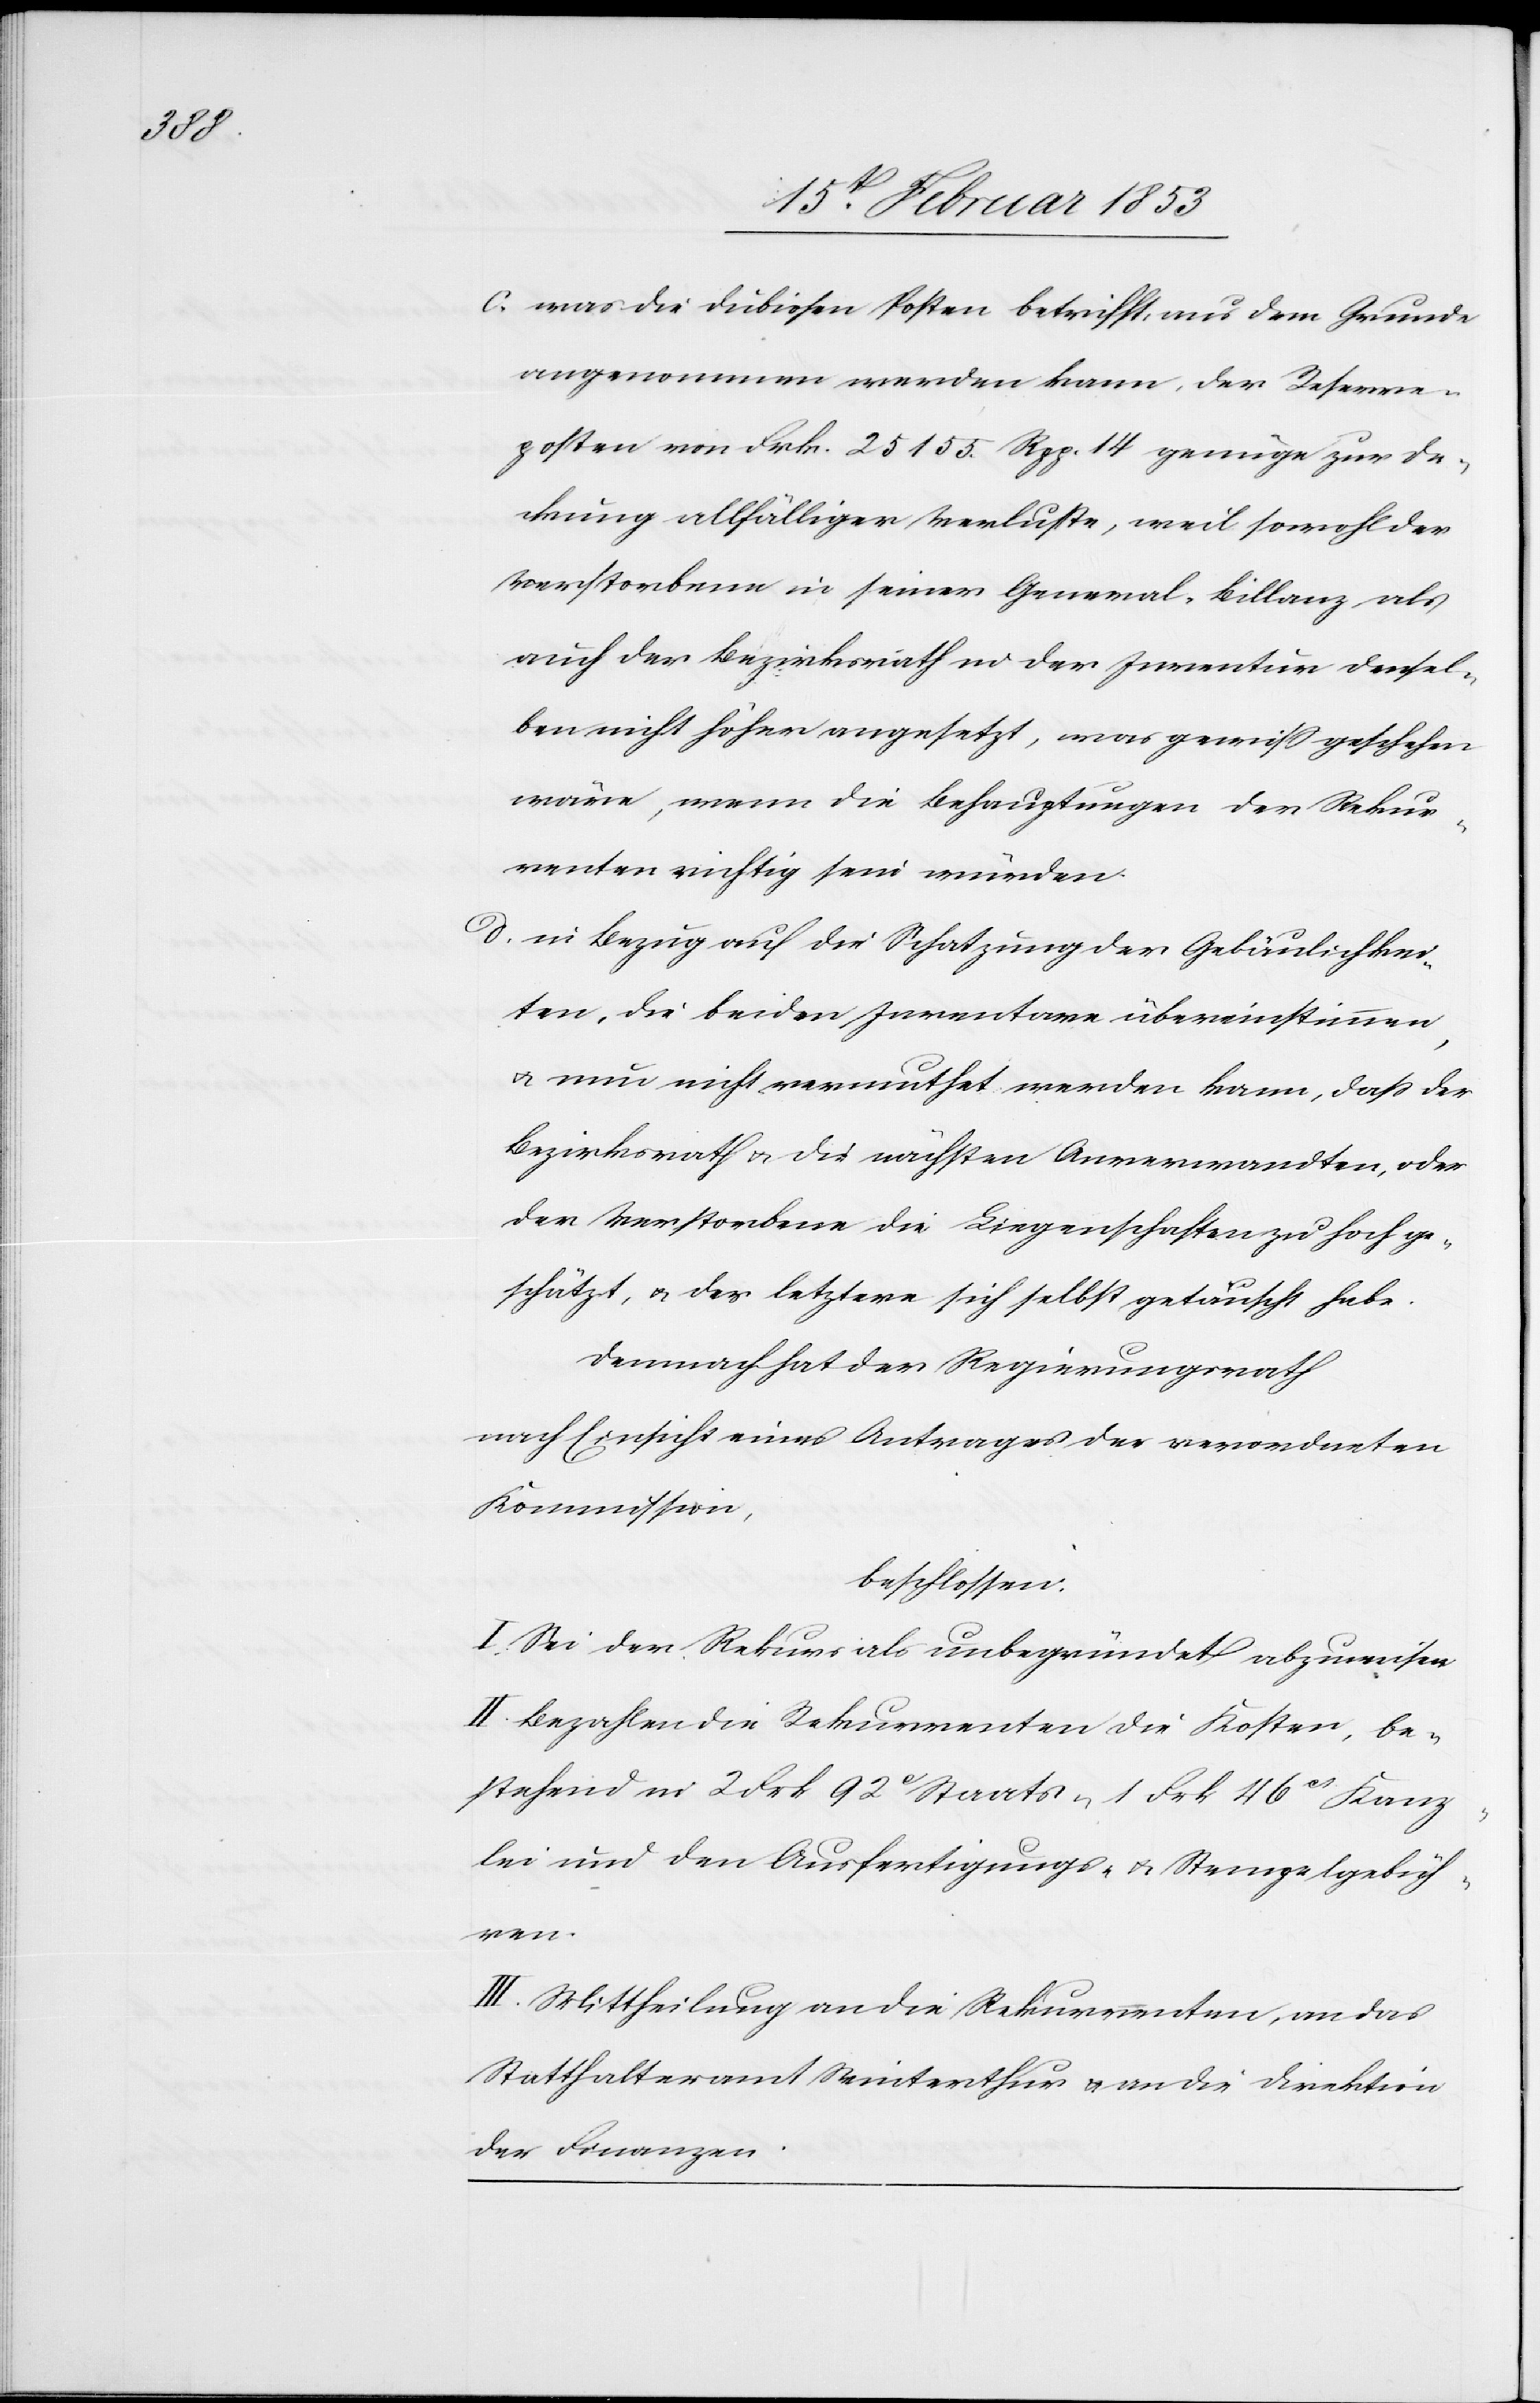
als

c. was die dubiosen Posten betrifft, aus dem Grunde
angenommen werden kann, der Reserve¬
posten von Frk. 25155. Rpp. 14 genüge zur De¬
ckung allfälliger Verluste, weil sowohl der
Verstorbene in seiner General-Billanz [s¬
auch der Bezirksrath in der Inventur densel¬
ben nicht höher angesetzt, was gewiß geschehen
wäre, wenn die Behauptungen der Rekur¬
renten richtig sein würden.
d. in Bezug auf die Schatzung der Gebäulichkei¬
ten, die beiden Inventare übereinstimmen,
u. nun nicht vermuthet werden kann, daß die
Bezirksrath u. die nächsten Anverwandten, oder
der Verstorbene die Liegenschaften zu hoch ge¬
schätzt, u. der letztere sich selbst getäuscht habe.
Demnach hat der Regierungsrath
nach Einsicht eines Antrages der verordneten
Kommission,
beschlossen.
I. Sei der Rekurs als unbegründet abzuweisen.
II. Bezahlen die Rekurrenten die Kosten, be¬
stehend in 2 Frk 92 cs Staats- 1 Frk 46 cs Kanz¬
lei und den Ausfertigungs- u. Stempelgebüh¬
ren.
III. Mittheilung an die Rekurrenten, an das
Statthalteramt Winterthur u. an die Direktion
der Finanzen.